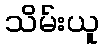
သိမ်းယူ